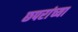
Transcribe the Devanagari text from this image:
छपरांच्या